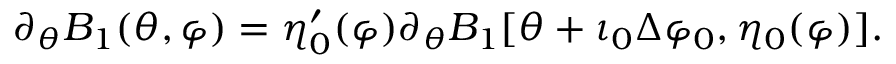
\partial _ { \theta } B _ { 1 } ( \theta , \varphi ) = \eta _ { 0 } ^ { \prime } ( \varphi ) \partial _ { \theta } B _ { 1 } [ \theta + \iota _ { 0 } \Delta \varphi _ { 0 } , \eta _ { 0 } ( \varphi ) ] .